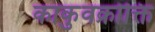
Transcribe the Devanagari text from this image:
काकुवक्रोक्ति